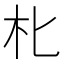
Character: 朼